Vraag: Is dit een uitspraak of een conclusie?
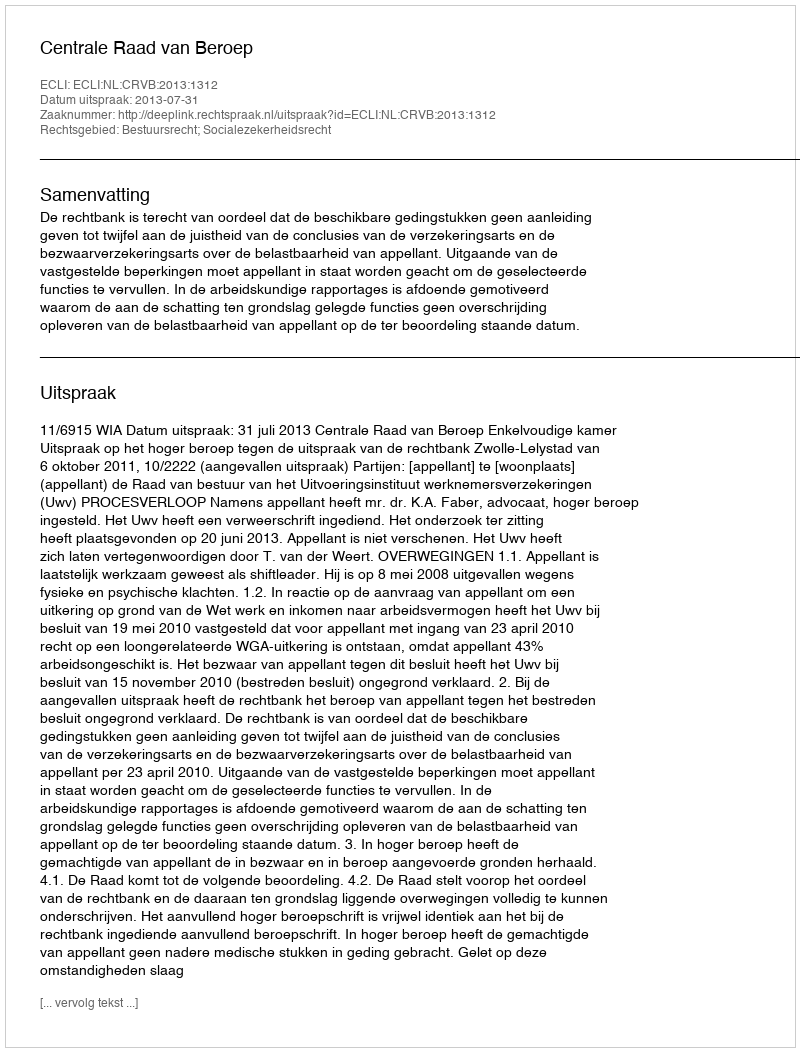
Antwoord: Uitspraak